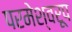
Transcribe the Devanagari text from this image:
परमेश्वरूप